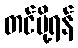
တင်ပို့ရန်